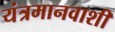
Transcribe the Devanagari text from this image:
यंत्रमानवाशी